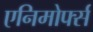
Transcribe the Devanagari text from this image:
एनिमोर्फ्स